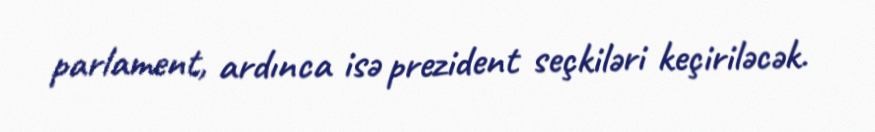
parlament, ardınca isə prezident seçkiləri keçiriləcək.